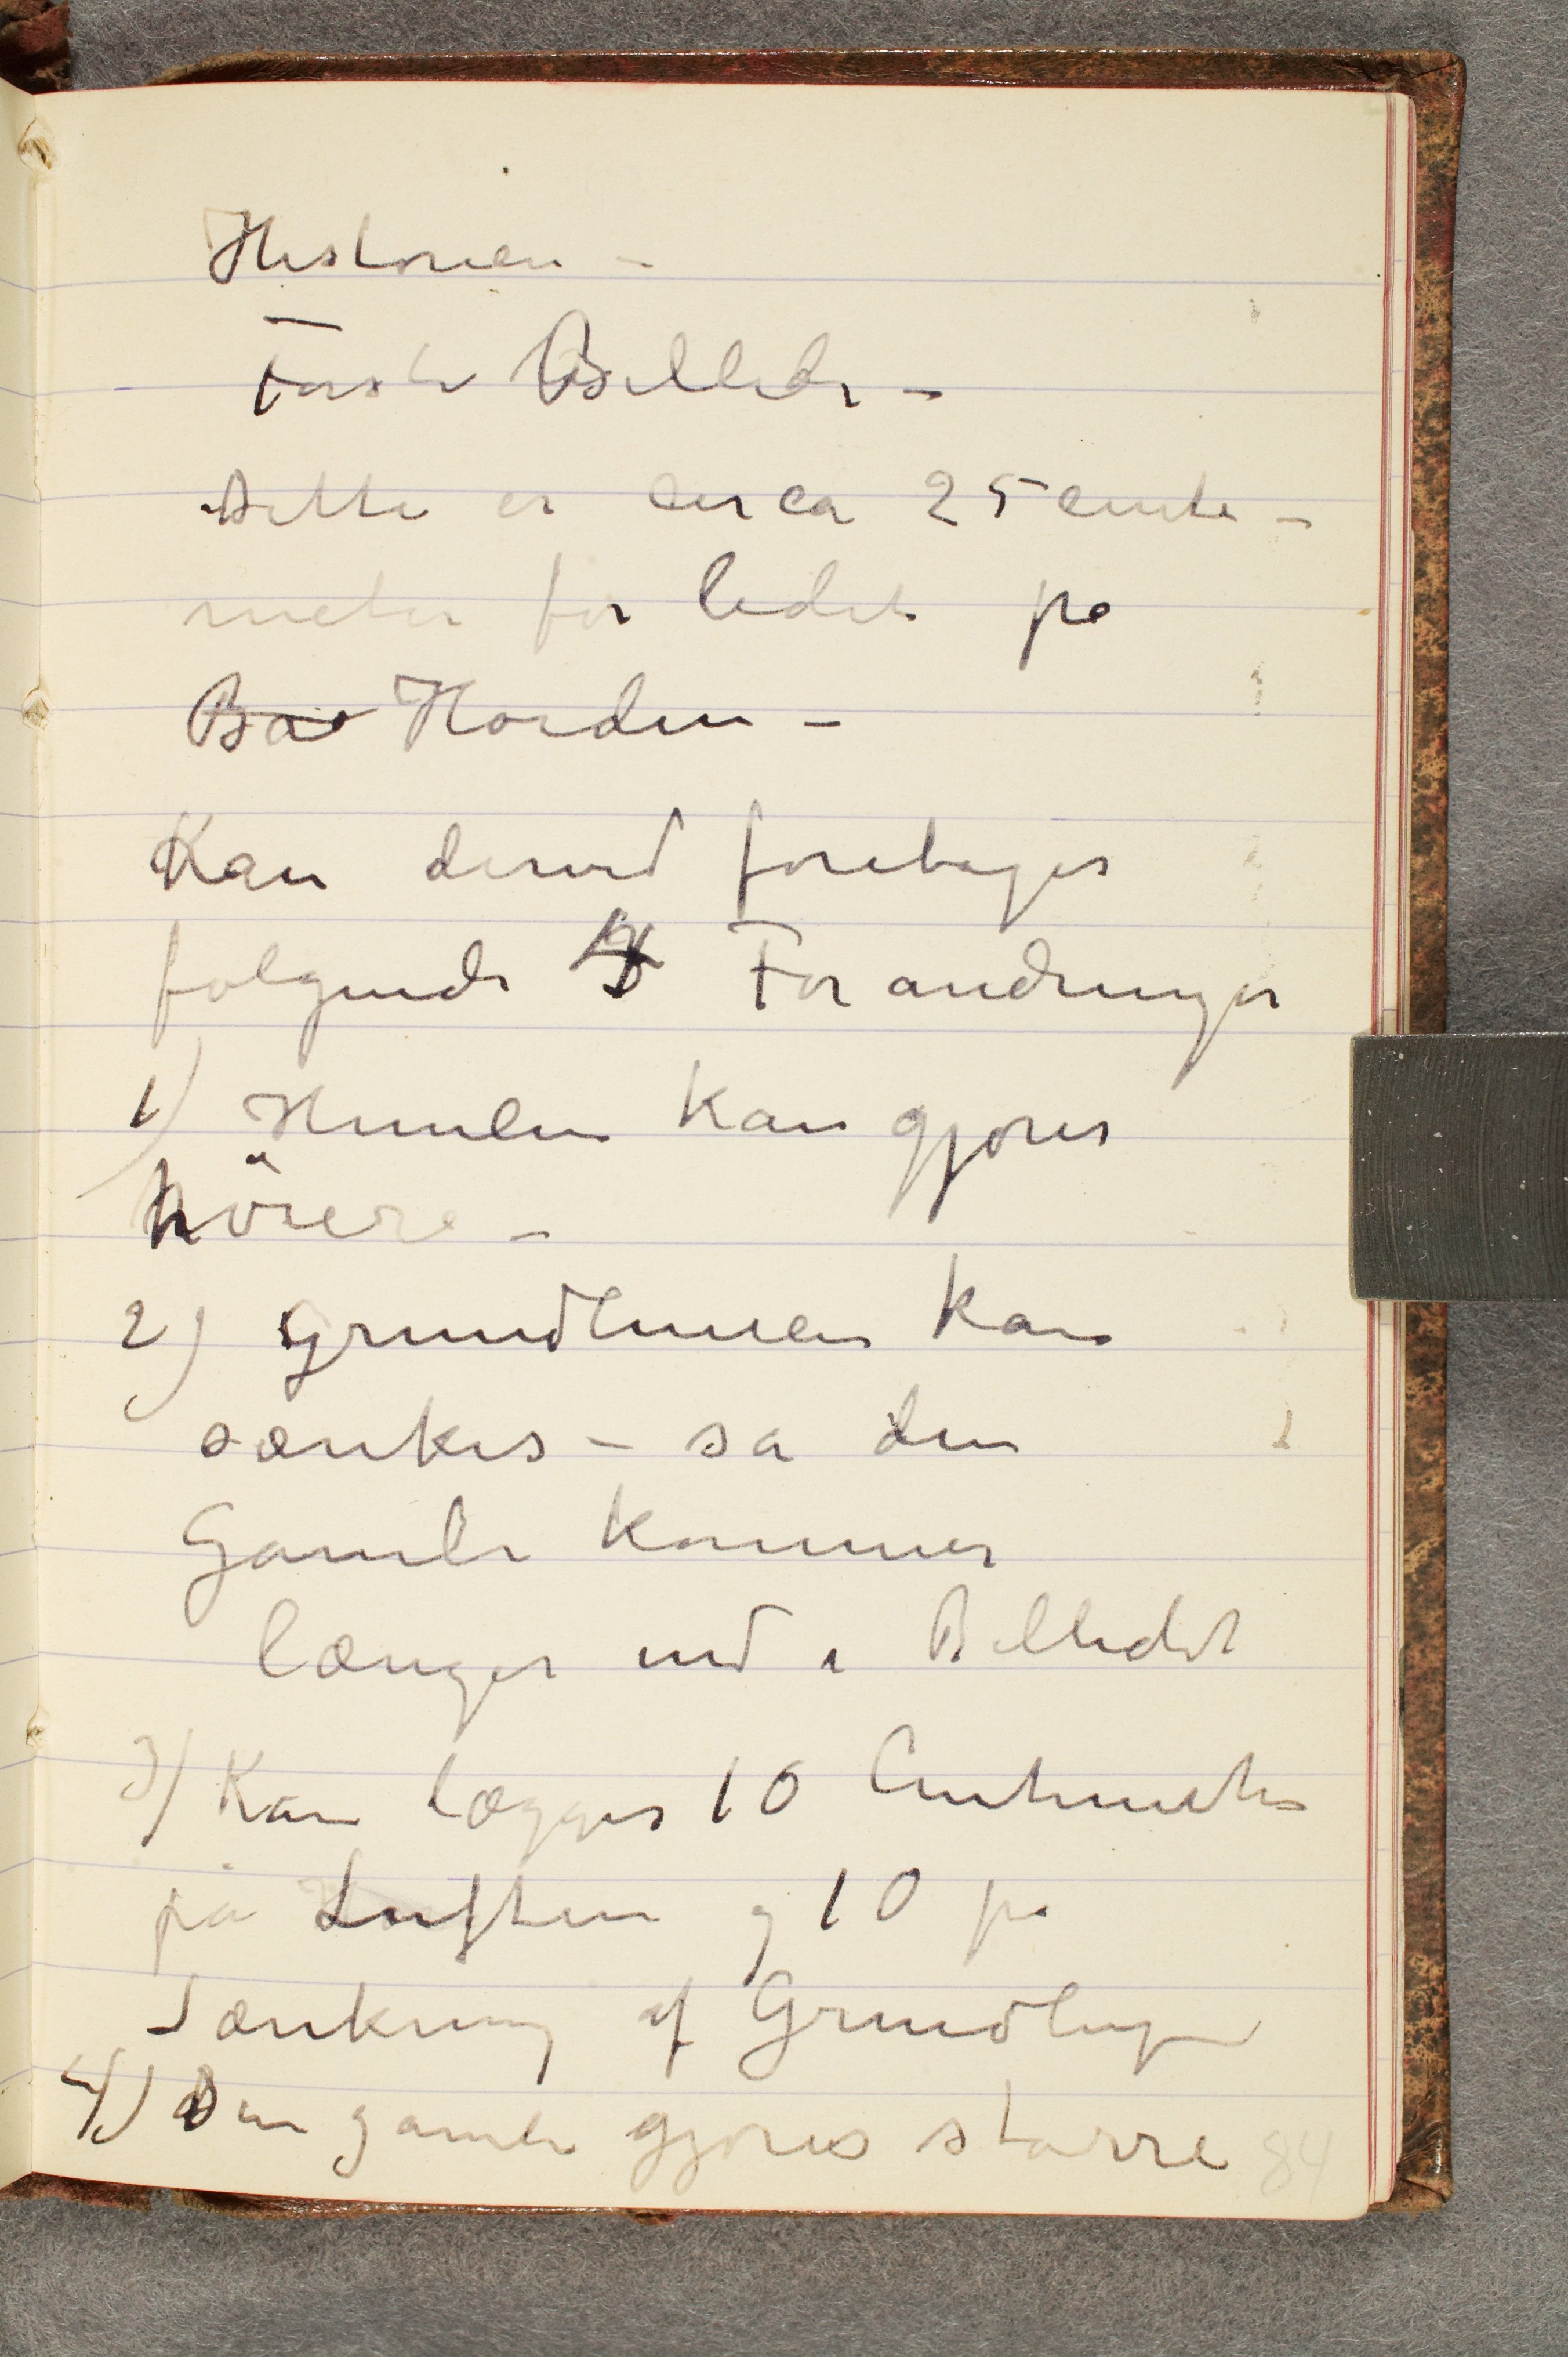
Historien –
Første Billede –
Dette er circa 25 centi-
meter for lidet på
Ba... Høiden –
Kan derved foretages
følgende 4 Forandringer
1) Himlen kan gjøres
høiere –
2) Grundlinien kan
sænkes – så den
Gamle kommer
længer ind i Billedet
3) Kan lægges 10 centimeter
på Luften og 10 på
Sænkning af Grundlinien
4) Den gamle gjøres større